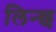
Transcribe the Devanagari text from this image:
लिन्छ